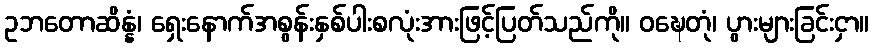
ဥဘတောဆိန္နံ၊ ရှေးနောက်အစွန်းနှစ်ပါးစလုံးအားဖြင့်ပြတ်သည်ကို။ ဝဍ္ဎေတုံ၊ ပွားများခြင်းငှာ။